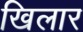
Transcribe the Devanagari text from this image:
खिलार